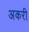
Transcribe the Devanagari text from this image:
अकरी